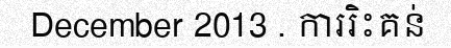
December 2013 . ការរិះគន់